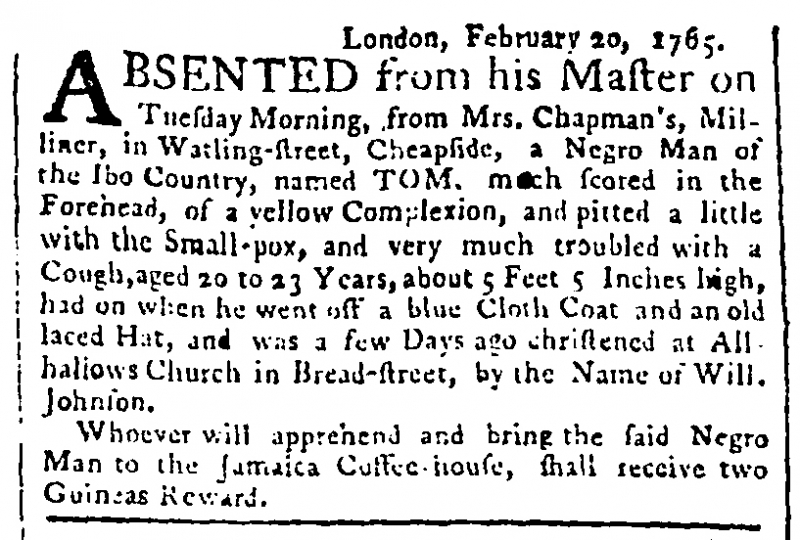
Public Advertiser, 21 February 1765 (England)
                London, February 20, 1765.ABSENTED from his Master on Tuesday Morning, from Mrs. Chapman’s, Milliner, in Watling-street, Cheapside, a Negro Man of the Ibo Country, named TOM, much scored in the Forehead, of a yellow Complexion, and pitted a little with the Small-pox, and very much troubled with a Cough, aged 20 to 23 Years, about 5 Feet 5 Inches high, had on when he went off a blue Cloth Coat and an old laced Hat, and was a few Days ago christened at All-hallows Church in Bread-street, by the name of Will. Johnson.   Whoever will apprehend and bring the said Negro Man to the Jamaica Coffee-house, shall receive two Guineas Reward.